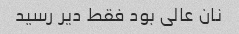
نان عالی بود فقط دیر رسید